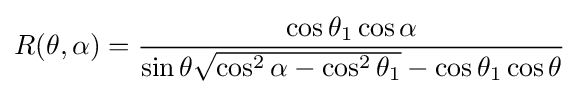
R(\theta ,\alpha )={\frac {\cos \theta _{1}\cos \alpha }{\sin \theta {\sqrt {\cos ^{2}\alpha -\cos ^{2}\theta _{1}}}-\cos \theta _{1}\cos \theta }}